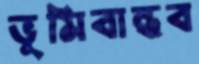
ভূমিবান্ধব